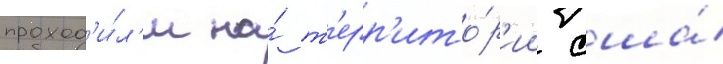
проход'и́л'и на́ т'ерр'ито́р'ии сша́